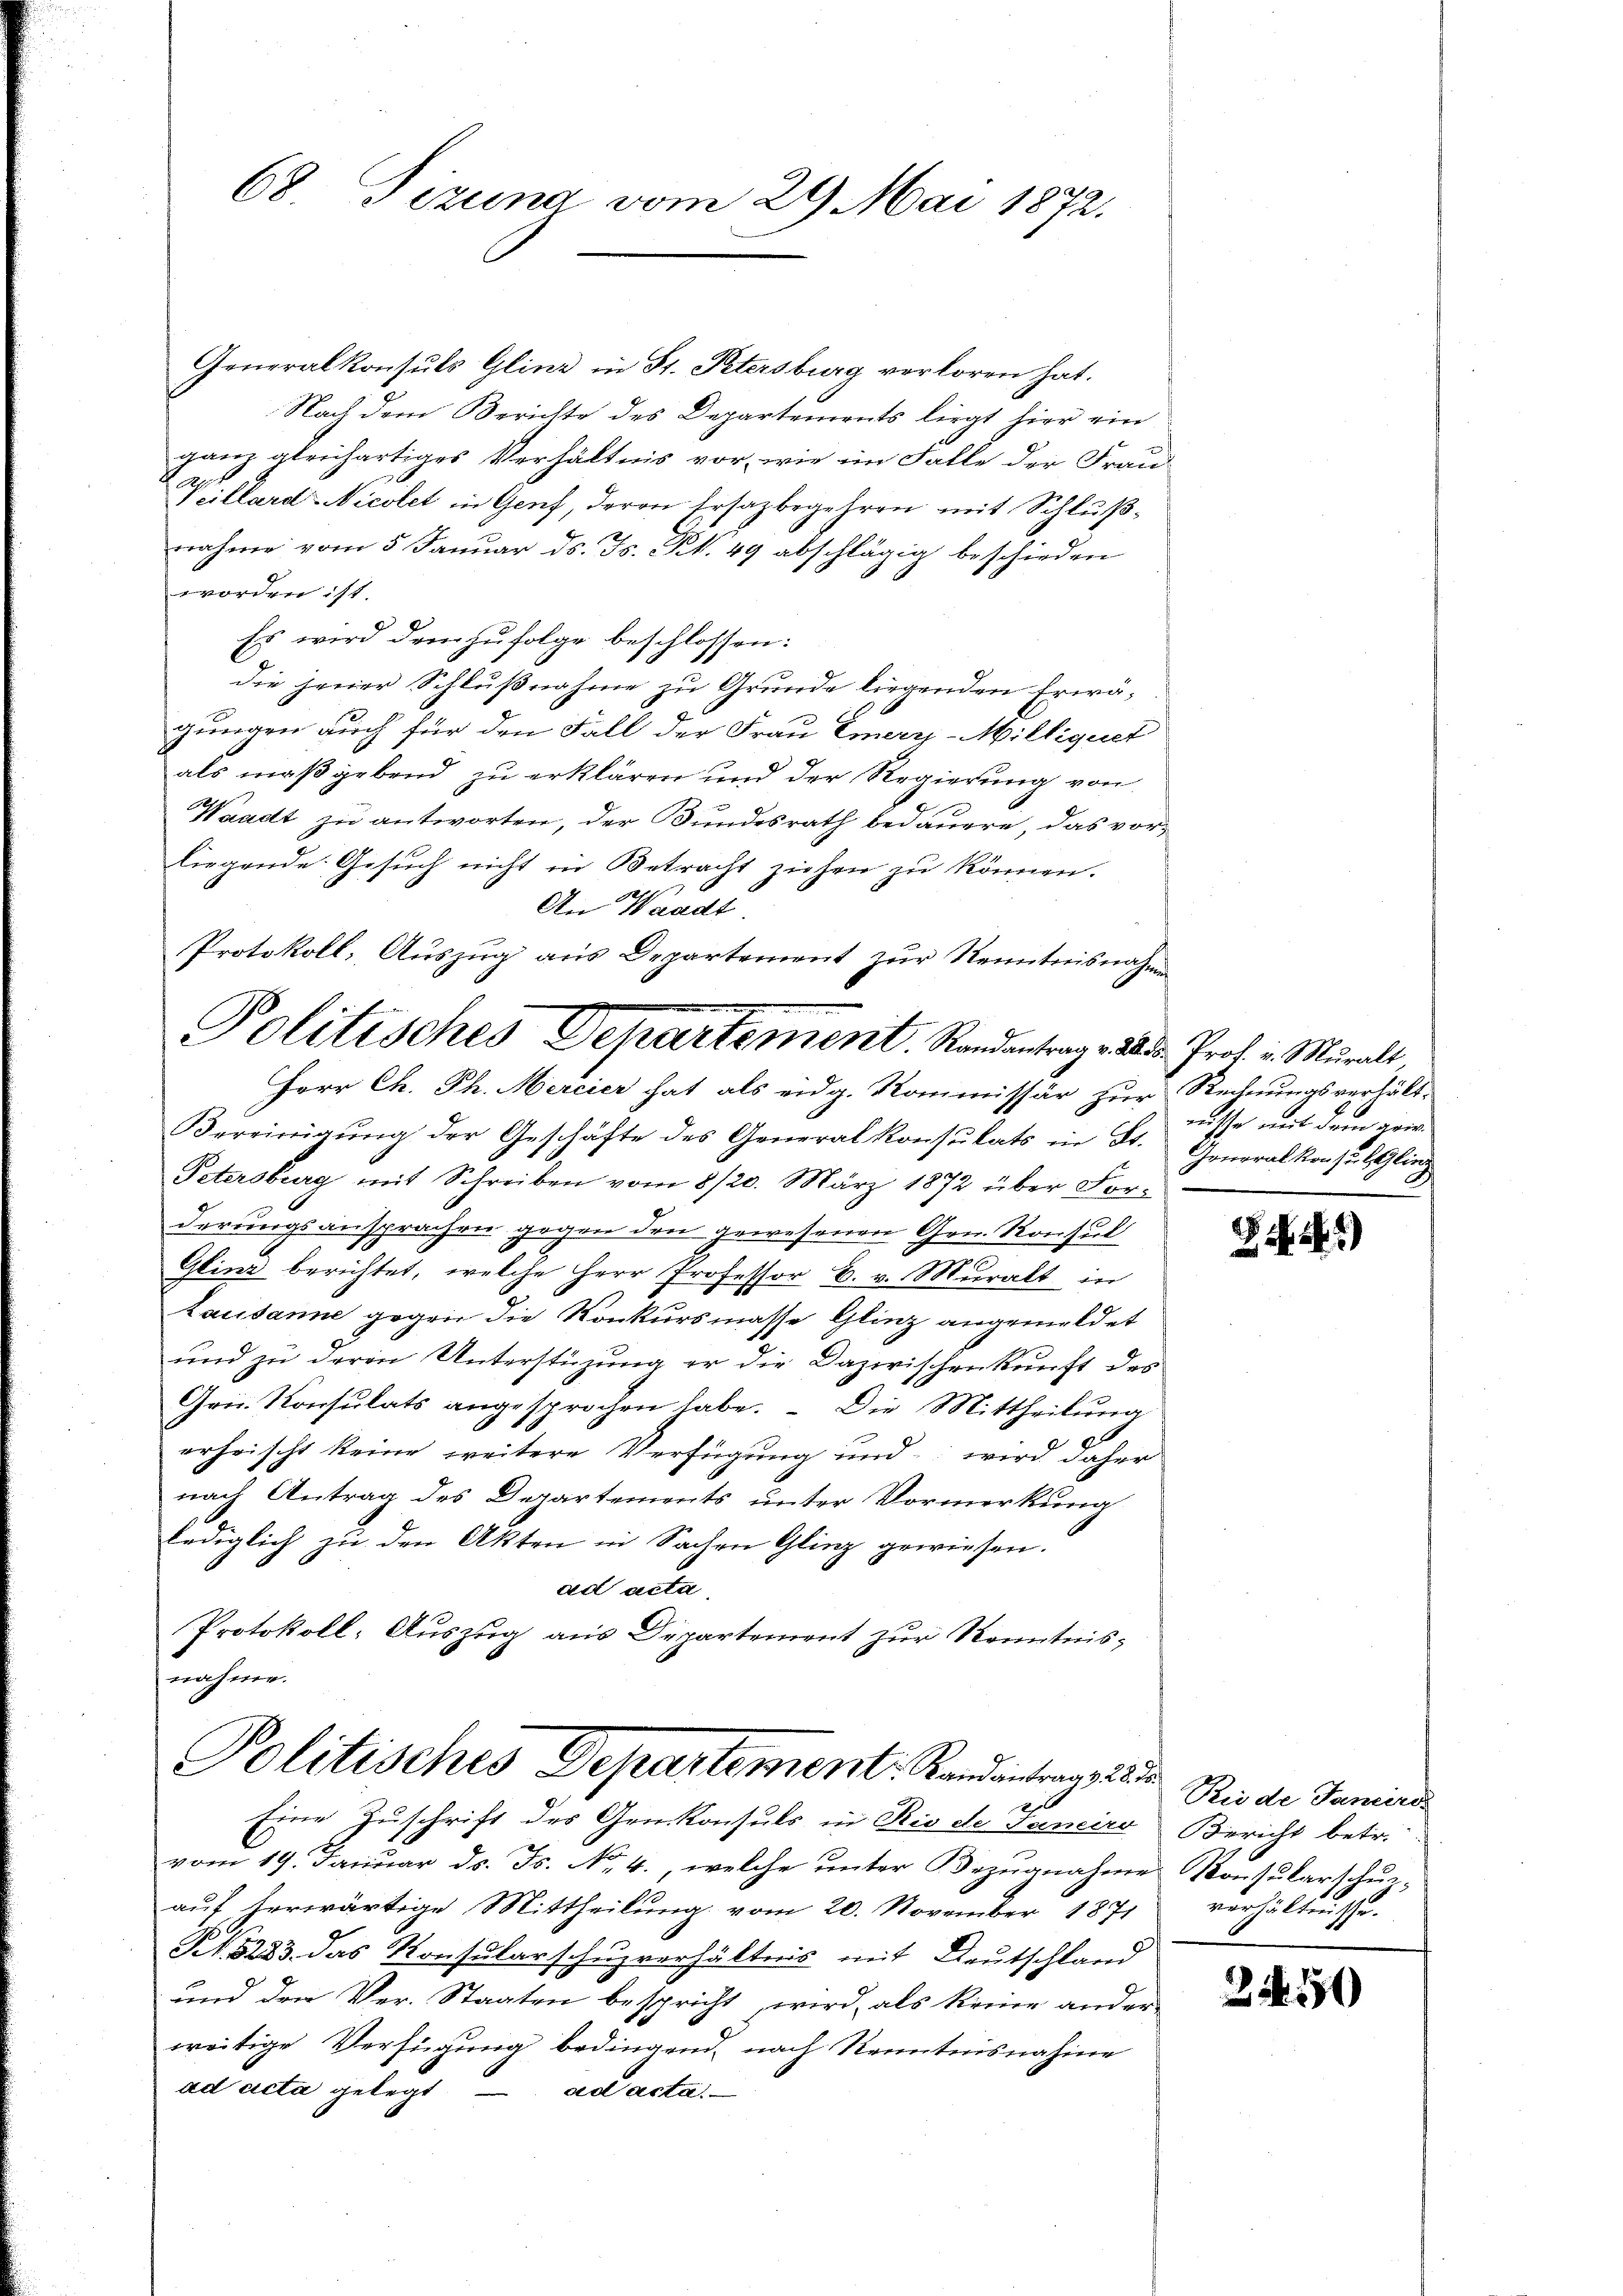
68 Tizung vom 29. Mai 1872.

Generalkonsuls Glina in St. Petersburg verloren hat.
Nach dem Berichte des Departements liegt hier ein
ganz gleichartiges Verhältnis vor, wie im Falle der Frau-
act.
Veillard Nicolet in Genf, deren Ersazbegehren mit Schlußnahme vom 5. Januar ds. Js. Rt. 49 abschlägig beschieden
worden ist.
Es wird demzufolge beschlossen:
die jener Schlußnahme zu Grunde liegenden Erwägungen auch für den Fall der Frau Emer-Milliquet
als maßgebend zu erklären und der Regierung von
Waadt zu antworten, der Bundesrath bedauere, das vor-
liegende Gesuch nicht in Betracht ziehen zu können.
An Waadt
Protokoll, Auszug aus Departement zur Kenntnisnahmen
Politisches Departement. Randantrag v. dr. Prof. v. Muralt

Vereinigung der Geschäfte des Generalkonsulats in Fr. Generalkonsuls Gling
Petersburg mit Schreiben vom 8/20. März 1872 über For-
derungsansprachen gegen den gewesenen Gen. Konsul
Glinz berichtet, welche Herr Professor C. v. Muralt in
Lausanne gegen die Konkursmasse Glinz angemeldet
und zu deren Unterstüzung er die Dazwischenkunft des
Gen. Konsulats angesprochen habe. Die Mittheilung
erheischt keine weitere Verfügung und wird daher
nach Antrag des Departements unter Vormerkung
lediglich zu den Akten in Sachen Glinz gewiesen.
ad acta
Protokoll- Auszug aus Departement zur Kenntnisnahme.
Politisches Departement. Randantrangelie
Eine Zuschrift des Genkonsuls in Rio de Faneiro Bericht betr.
vom 19. Januar ds. Fs. No. 4., welche unter Bezugnahme Konsularschulauf herwärtige Mittheilung vom 20. November 1871
S. 5223. das Konsularschuzverhältnis mit Deutschland
und den Ver-Staaten bespricht wird, als keine ander
weitige Verfügung bedingend, nach Kenntnisnahme
ad acta gelegt — ad acta.

Herr Ch. Ph. Mercier hat als eidg. Kommissär zur Rechnungsverhält-

nische mit dem gen

)

Bei de Janeiro
verhältnisse.

2450